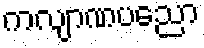
ကလျာဏပညော